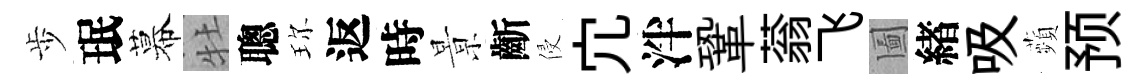
歩珉幕牡聰珎返時㬌齗侵宂泮鞏蓊飞圗緖吸蘋预